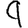
Digit: 9